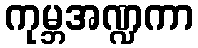
ကုမ္ဘအဏ္ဍကာ